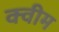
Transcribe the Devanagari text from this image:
क्वीम